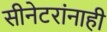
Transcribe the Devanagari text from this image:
सीनेटरांनाही